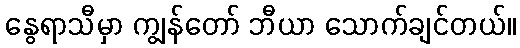
နွေရာသီမှာ ကျွန်တော် ဘီယာ သောက်ချင်တယ်။